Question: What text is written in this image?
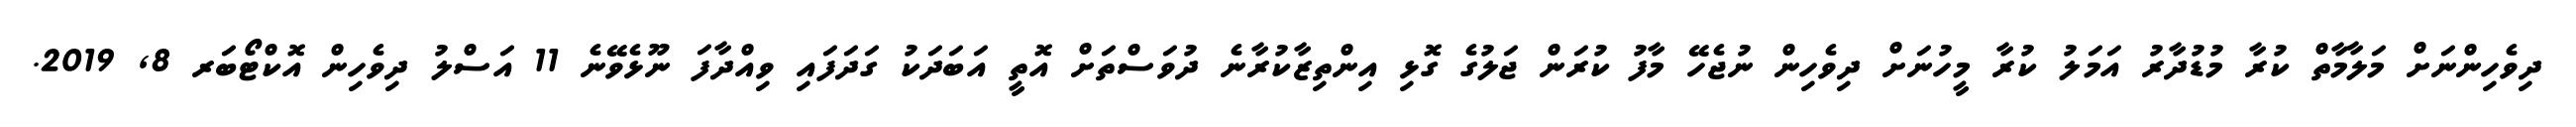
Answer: ދިވެހިންނަށް މަލާމާތް ކުރާ މުޑުދާރު އަމަލު ކުރާ މީހުނަށް ދިވެހިން ނުޖެހޭ މާފު ކުރަން ޖަލުގެ ގޮޅި އިންތިޒާކުރާނެ ދުވަސްތަށް އޮތީ އަބަދަކު ގަދަފައި ވިއްދާފަ ނޫޅެވޭނެ 11 އަސްލު ދިވެހިން އޮކްޓޯބަރ 8, 2019.